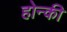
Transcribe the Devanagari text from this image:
होन्की